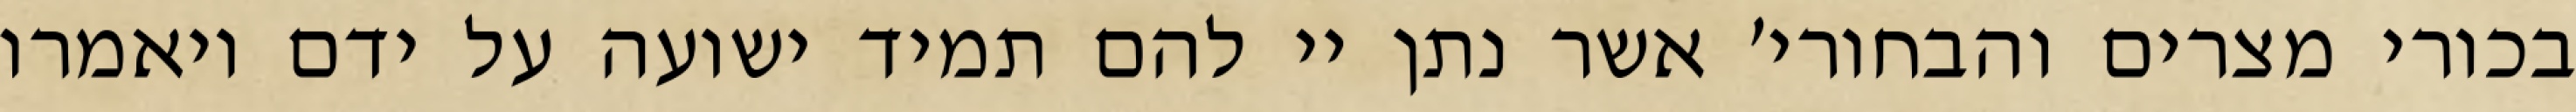
בכורי מצרים והבחורי׳ אשר נתן יי להם תמיד ישועה על ידם ויאמרו